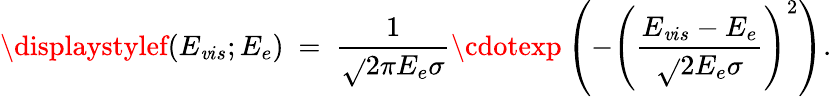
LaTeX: {\displaystylef(E_{\mathit{v}is};E_{e})~=~{\frac{{1}}{{\sqrt{}{{2\pi}}E_{e}\sigma}}}\cdotexp\left(-\left({\frac{{E_{\mathit{v}is}-E_{e}}}{{\sqrt{}{{2}}E_{e}\sigma}}}\right)^{2}\right)}.